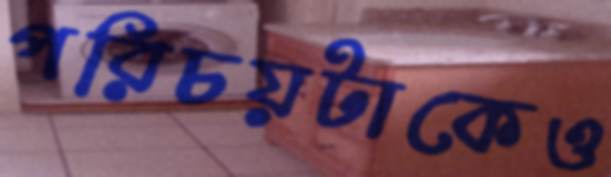
পরিচয়টাকেও